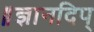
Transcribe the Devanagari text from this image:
॥ज्ञानदिप्